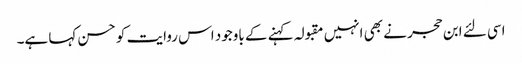
اسی لئے ابن حجر نے بھی انہیں مقبولہ کہنے کے باوجود اس روایت کو حسن کہا ہے۔